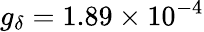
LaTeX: g_{\delta}=1.89\times 10^{-4}